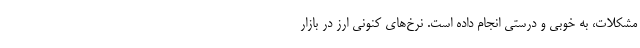
مشکلات، به خوبی و درستی انجام داده است. نرخ‌های کنونی ارز در بازار